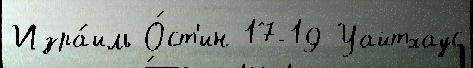
Изра́иль О́ст'ин 17-19 Уайтхаус